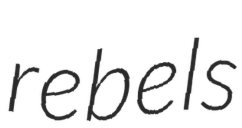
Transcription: rebels